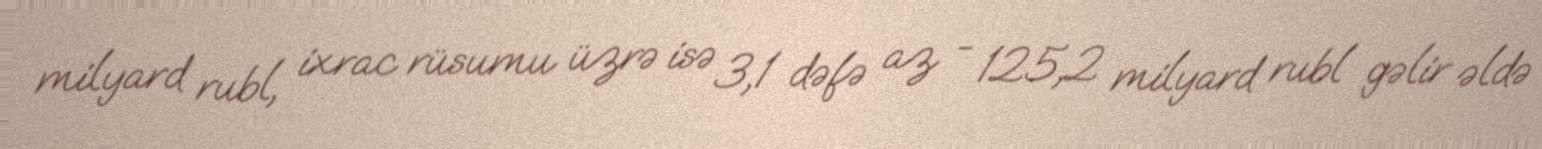
milyard rubl, ixrac rüsumu üzrə isə 3,1 dəfə az - 125,2 milyard rubl gəlir əldə